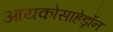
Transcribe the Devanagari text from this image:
आयकोसाहेड्रॉन